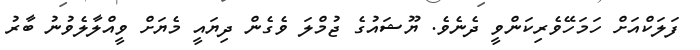
ފަލަކްއަށް ހަމަހޭވެރިކަންވީ ދެނެވެ. ޔޫޝައުގެ ޖުމްލަ ވެގެން ދިޔައީ މެޔަށް ވީއްލާލެވުނު ބާރު